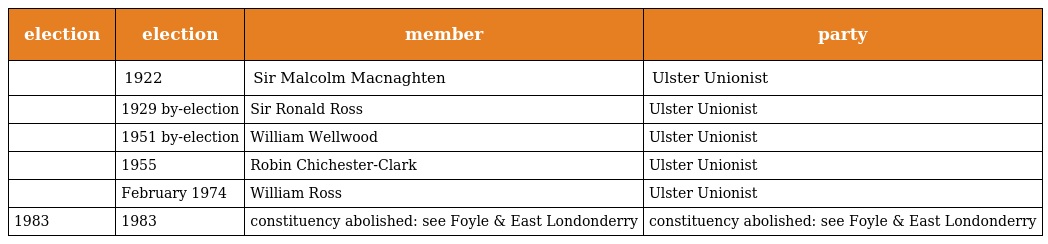
| election | election | member | party |
 | --- | --- | --- | --- |
 |  | 1922 | Sir Malcolm Macnaghten | Ulster Unionist |
 |  | 1929 by-election | Sir Ronald Ross | Ulster Unionist |
 |  | 1951 by-election | William Wellwood | Ulster Unionist |
 |  | 1955 | Robin Chichester-Clark | Ulster Unionist |
 |  | February 1974 | William Ross | Ulster Unionist |
 | 1983 | 1983 | constituency abolished: see Foyle & East Londonderry | constituency abolished: see Foyle & East Londonderry |